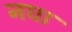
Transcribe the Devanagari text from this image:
नघा